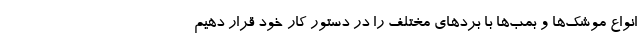
انواع موشک‌ها و بمب‌ها با برد‌های مختلف را در دستور کار خود قرار دهیم